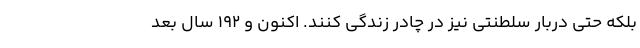
بلکه حتی دربار سلطنتی نیز در چادر زندگی کنند. اکنون و ۱۹۲ سال بعد